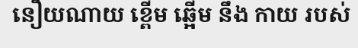
នឿយណាយ ខ្ពើម ឆ្អើម នឹង កាយ របស់